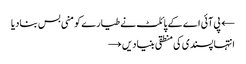
← پی آئی اے کے پائلٹ نے طیارے کو منی بس بنادیا
انتہا پسندی کی منطقی بنیادیں →